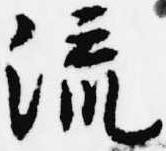
流